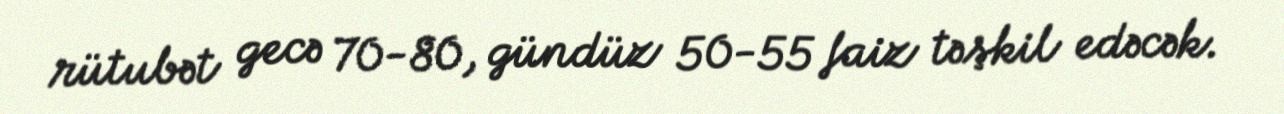
rütubət gecə 70-80, gündüz 50-55 faiz təşkil edəcək.